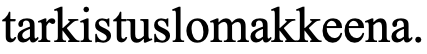
tarkistuslomakkeena.